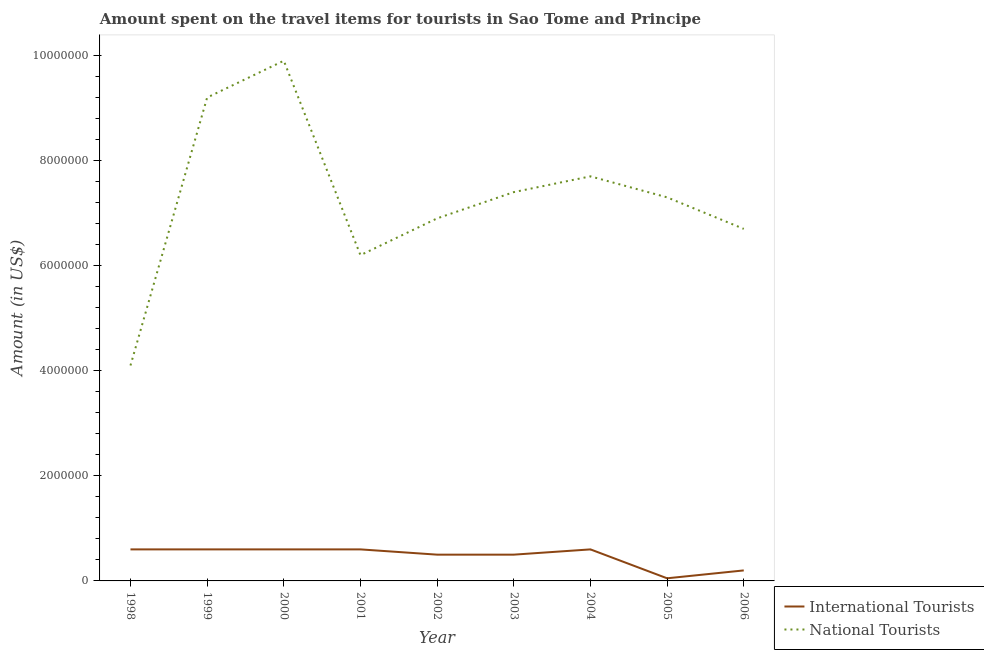
| Year | International Tourists | National Tourists |
 | --- | --- | --- |
 | 1998 | 6e+05 | 4.1e+06 |
 | 1999 | 6e+05 | 9.2e+06 |
 | 2000 | 6e+05 | 9.9e+06 |
 | 2001 | 6e+05 | 6.2e+06 |
 | 2002 | 5e+05 | 6.9e+06 |
 | 2003 | 5e+05 | 7.4e+06 |
 | 2004 | 6e+05 | 7.7e+06 |
 | 2005 | 5e+04 | 7.3e+06 |
 | 2006 | 2e+05 | 6.7e+06 |